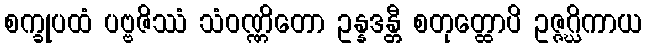
စက္ခုပထံ ပဗ္ဗဇိဿံ သံဝဏ္ဏိတော ဥန္နဒန္တီ စတုတ္ထောပိ ဥဇ္ဇဂ္ဃိကာယ